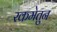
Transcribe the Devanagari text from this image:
रकमेतुन